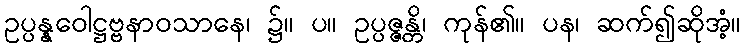
ဥပ္ပန္နဝေါဋ္ဌဗ္ဗနာဝသာနေ၊ ၌။ ပ။ ဥပ္ပဇ္ဇန္တိ၊ ကုန်၏။ ပန၊ ဆက်၍ဆိုအံ့။